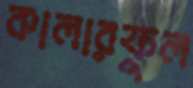
কালারফুল